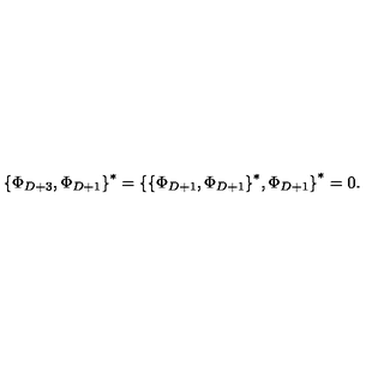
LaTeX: { \{ \Phi _ { D + 3 } , \Phi _ { D + 1 } \} } ^ { * } = { \{ { \{ \Phi _ { D + 1 } , \Phi _ { D + 1 } \} } ^ { * } , \Phi _ { D + 1 } \} } ^ { * } = 0 .